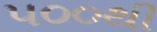
૫૦૦થી